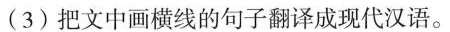
(3)把文中画横线的句子翻译成现代汉语。